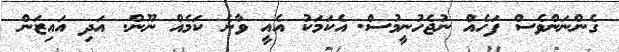
ގެންނަންވެސް ފަހެއް ނުޖެހުނީމުސް. އެކަމަކު އެއީ ވާނެ ކަމެއް ނޫން. އަދި އައިޒަން